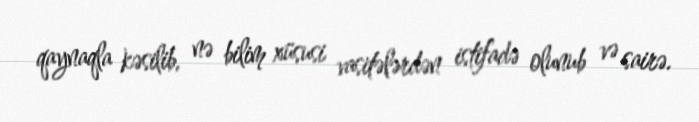
qaynaqla kəsilib, nə bilim xüsusi vasitələrdən istifadə olunub və sairə.